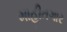
માહીતગાર